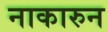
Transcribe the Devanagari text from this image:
नाकारुन